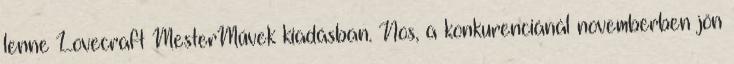
lenne Lovecraft MesterMűvek kiadásban. Nos, a konkurenciánál novemberben jön